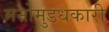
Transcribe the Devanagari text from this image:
मनोमुडधकारी